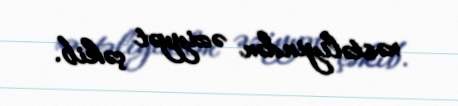
xəstəliyindən əziyyət çəkib.